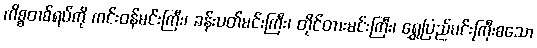
ကိစ္စတစ်ရပ်ကို ကင်းဝန်မင်းကြီး၊ ခန်းပတ်မင်းကြီး၊ တိုင်တားမင်းကြီး၊ ရွှေပြည်မင်းကြီးစသော